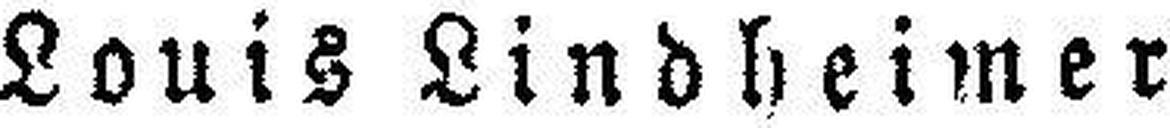
Louis Lindheimer